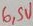
Text: 6,SV